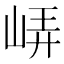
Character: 𡷟